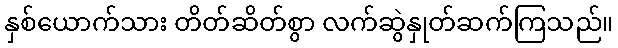
နှစ်ယောက်သား တိတ်ဆိတ်စွာ လက်ဆွဲနှုတ်ဆက်ကြသည်။